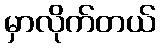
မှာလိုက်တယ်